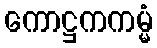
ကောဋ္ဌကကမ္မံ